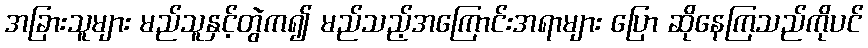
အခြားသူများ မည်သူနှင့်တွဲက၍ မည်သည့်အကြောင်းအရာများ ပြော ဆိုနေကြသည်ကိုပင်